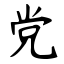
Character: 党